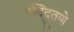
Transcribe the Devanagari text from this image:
पद्द्तिणे